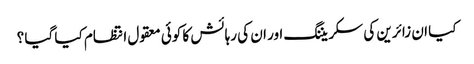
کیا ان زائرین کی سکریننگ اور ان کی رہائش کا کوئی معقول انتظام کیا گیا ؟